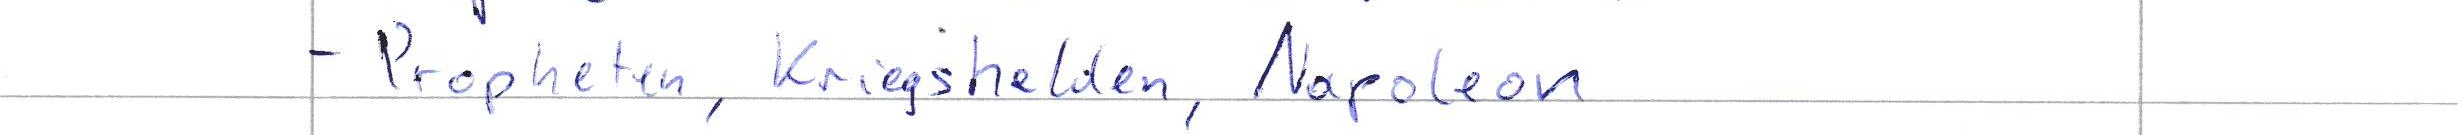
- Propheten, Kriegshelden, Napoleon